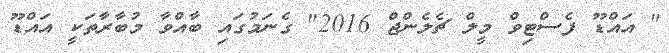
" އައްޑޫ ފެސްޓިވް މީލް ޗެލެންޖް 2016" ގެނަމުގައި ބާއްވާ މުބާރާތަކީ އައްޑޫ